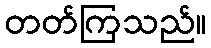
တတ်ကြသည်။